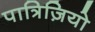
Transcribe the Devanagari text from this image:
पात्रिज़ियो